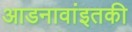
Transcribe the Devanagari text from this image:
आडनावांइतकी